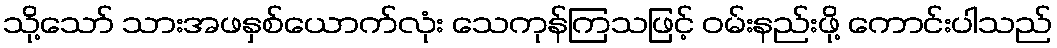
သို့သော် သားအဖနှစ်ယောက်လုံး သေကုန်ကြသဖြင့် ဝမ်းနည်းဖို့ ကောင်းပါသည်